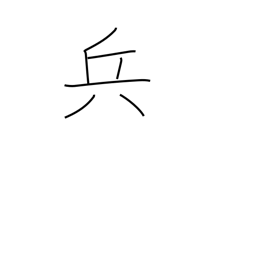
Meaning: strategy